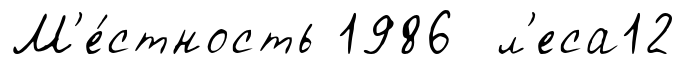
М'е́стность 1986 л'еса12